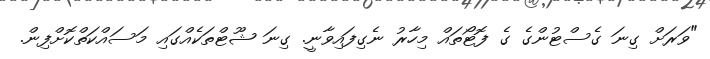
"ވަރަށް ގިނަ ގެސްޓުންގެ ގެ ފޮޓޯތައް މިހާރު ނެގިފައިވާނީ. ގިނަ ޝޫޓްތަކެއްގައި މަސައްކަތްކޮށްފިން.